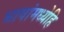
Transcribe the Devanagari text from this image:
भाषांमध्येहि